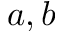
a , b